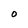
Character: O